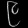
Digit: ၉